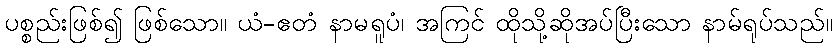
ပစ္စည်းဖြစ်၍ ဖြစ်သော။ ယံ-ဧတံ နာမရူပံ၊ အကြင် ထိုသို့ဆိုအပ်ပြီးသော နာမ်ရုပ်သည်။